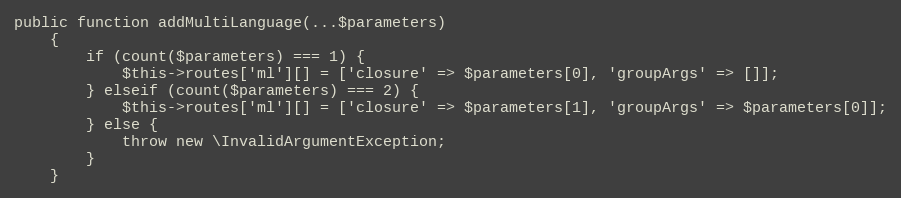
Language: PHP
public function addMultiLanguage(...$parameters)
    {
        if (count($parameters) === 1) {
            $this->routes['ml'][] = ['closure' => $parameters[0], 'groupArgs' => []];
        } elseif (count($parameters) === 2) {
            $this->routes['ml'][] = ['closure' => $parameters[1], 'groupArgs' => $parameters[0]];
        } else {
            throw new \InvalidArgumentException;
        }
    }